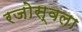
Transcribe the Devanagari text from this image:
रजोस्वला